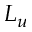
L _ { u }